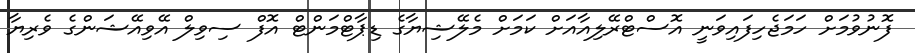
ފޮނުވުމަށް ހަމަޖެހިފައިވަނީ އޮސްޓްރޭލިއާއަށް ކަމަށް މެލޭޝިޔާގެ ޑިޕާޓްމަންޓް އޮފް ސިވިލް އޭވިއޭޝަންގެ ވެރިޔާ